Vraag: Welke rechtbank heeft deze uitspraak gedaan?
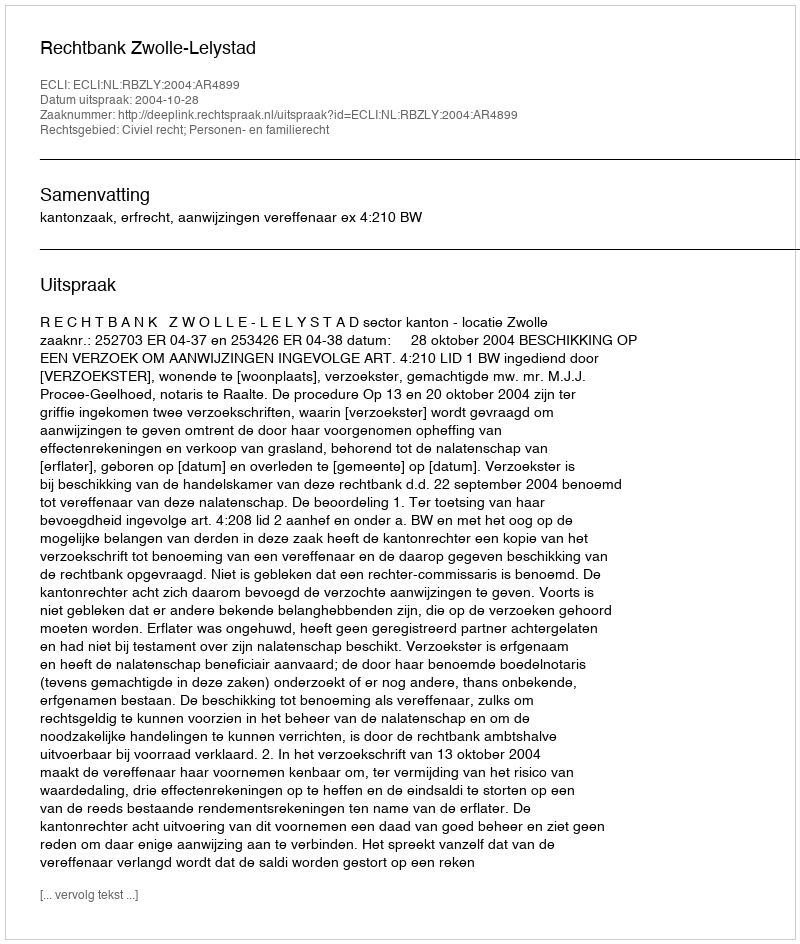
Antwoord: Rechtbank Zwolle-Lelystad